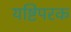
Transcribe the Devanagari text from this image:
यष्टिपरक